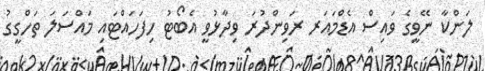
ލަންކާ ނޭވީގެ ވައިސް އެޑްމައަރ ރަވިންދުރަ ވިދާޅުވީ އެބޯޓު ހިފަހައްޓައި މައްސަލަ ތަހްގީގު